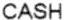
CASH